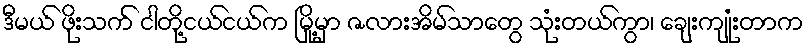
ဒီမယ် ဖိုးသက် ငါတို့ငယ်ငယ်က မြို့မှာ ဇလားအိမ်သာတွေ သုံးတယ်ကွာ၊ ချေးကျုံးတာက